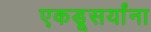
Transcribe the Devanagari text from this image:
एकडूसर्यांना